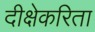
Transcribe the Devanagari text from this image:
दीक्षेकरिता